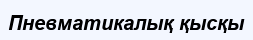
Пневматикалық қысқы